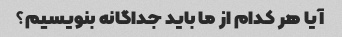
آیا هر کدام از ما باید جداگانه بنویسیم؟